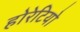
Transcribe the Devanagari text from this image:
होरेटियो